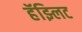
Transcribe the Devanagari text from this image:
हॅझ्लिट